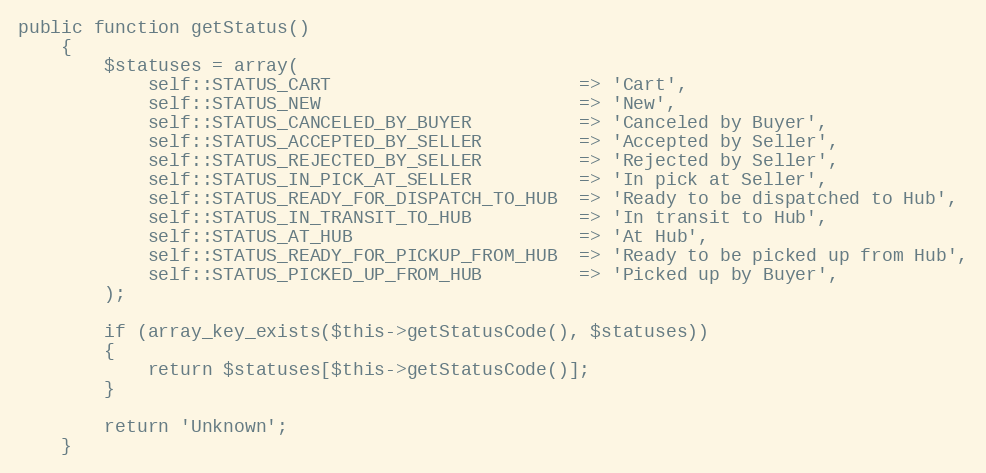
Language: PHP
public function getStatus()
    {
        $statuses = array(
            self::STATUS_CART                       => 'Cart',
            self::STATUS_NEW                        => 'New',
            self::STATUS_CANCELED_BY_BUYER          => 'Canceled by Buyer',
            self::STATUS_ACCEPTED_BY_SELLER         => 'Accepted by Seller',
            self::STATUS_REJECTED_BY_SELLER         => 'Rejected by Seller',
            self::STATUS_IN_PICK_AT_SELLER          => 'In pick at Seller',
            self::STATUS_READY_FOR_DISPATCH_TO_HUB  => 'Ready to be dispatched to Hub',
            self::STATUS_IN_TRANSIT_TO_HUB          => 'In transit to Hub',
            self::STATUS_AT_HUB                     => 'At Hub',
            self::STATUS_READY_FOR_PICKUP_FROM_HUB  => 'Ready to be picked up from Hub',
            self::STATUS_PICKED_UP_FROM_HUB         => 'Picked up by Buyer',
        );

        if (array_key_exists($this->getStatusCode(), $statuses))
        {
            return $statuses[$this->getStatusCode()];
        }

        return 'Unknown';
    }